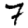
Digit: 7